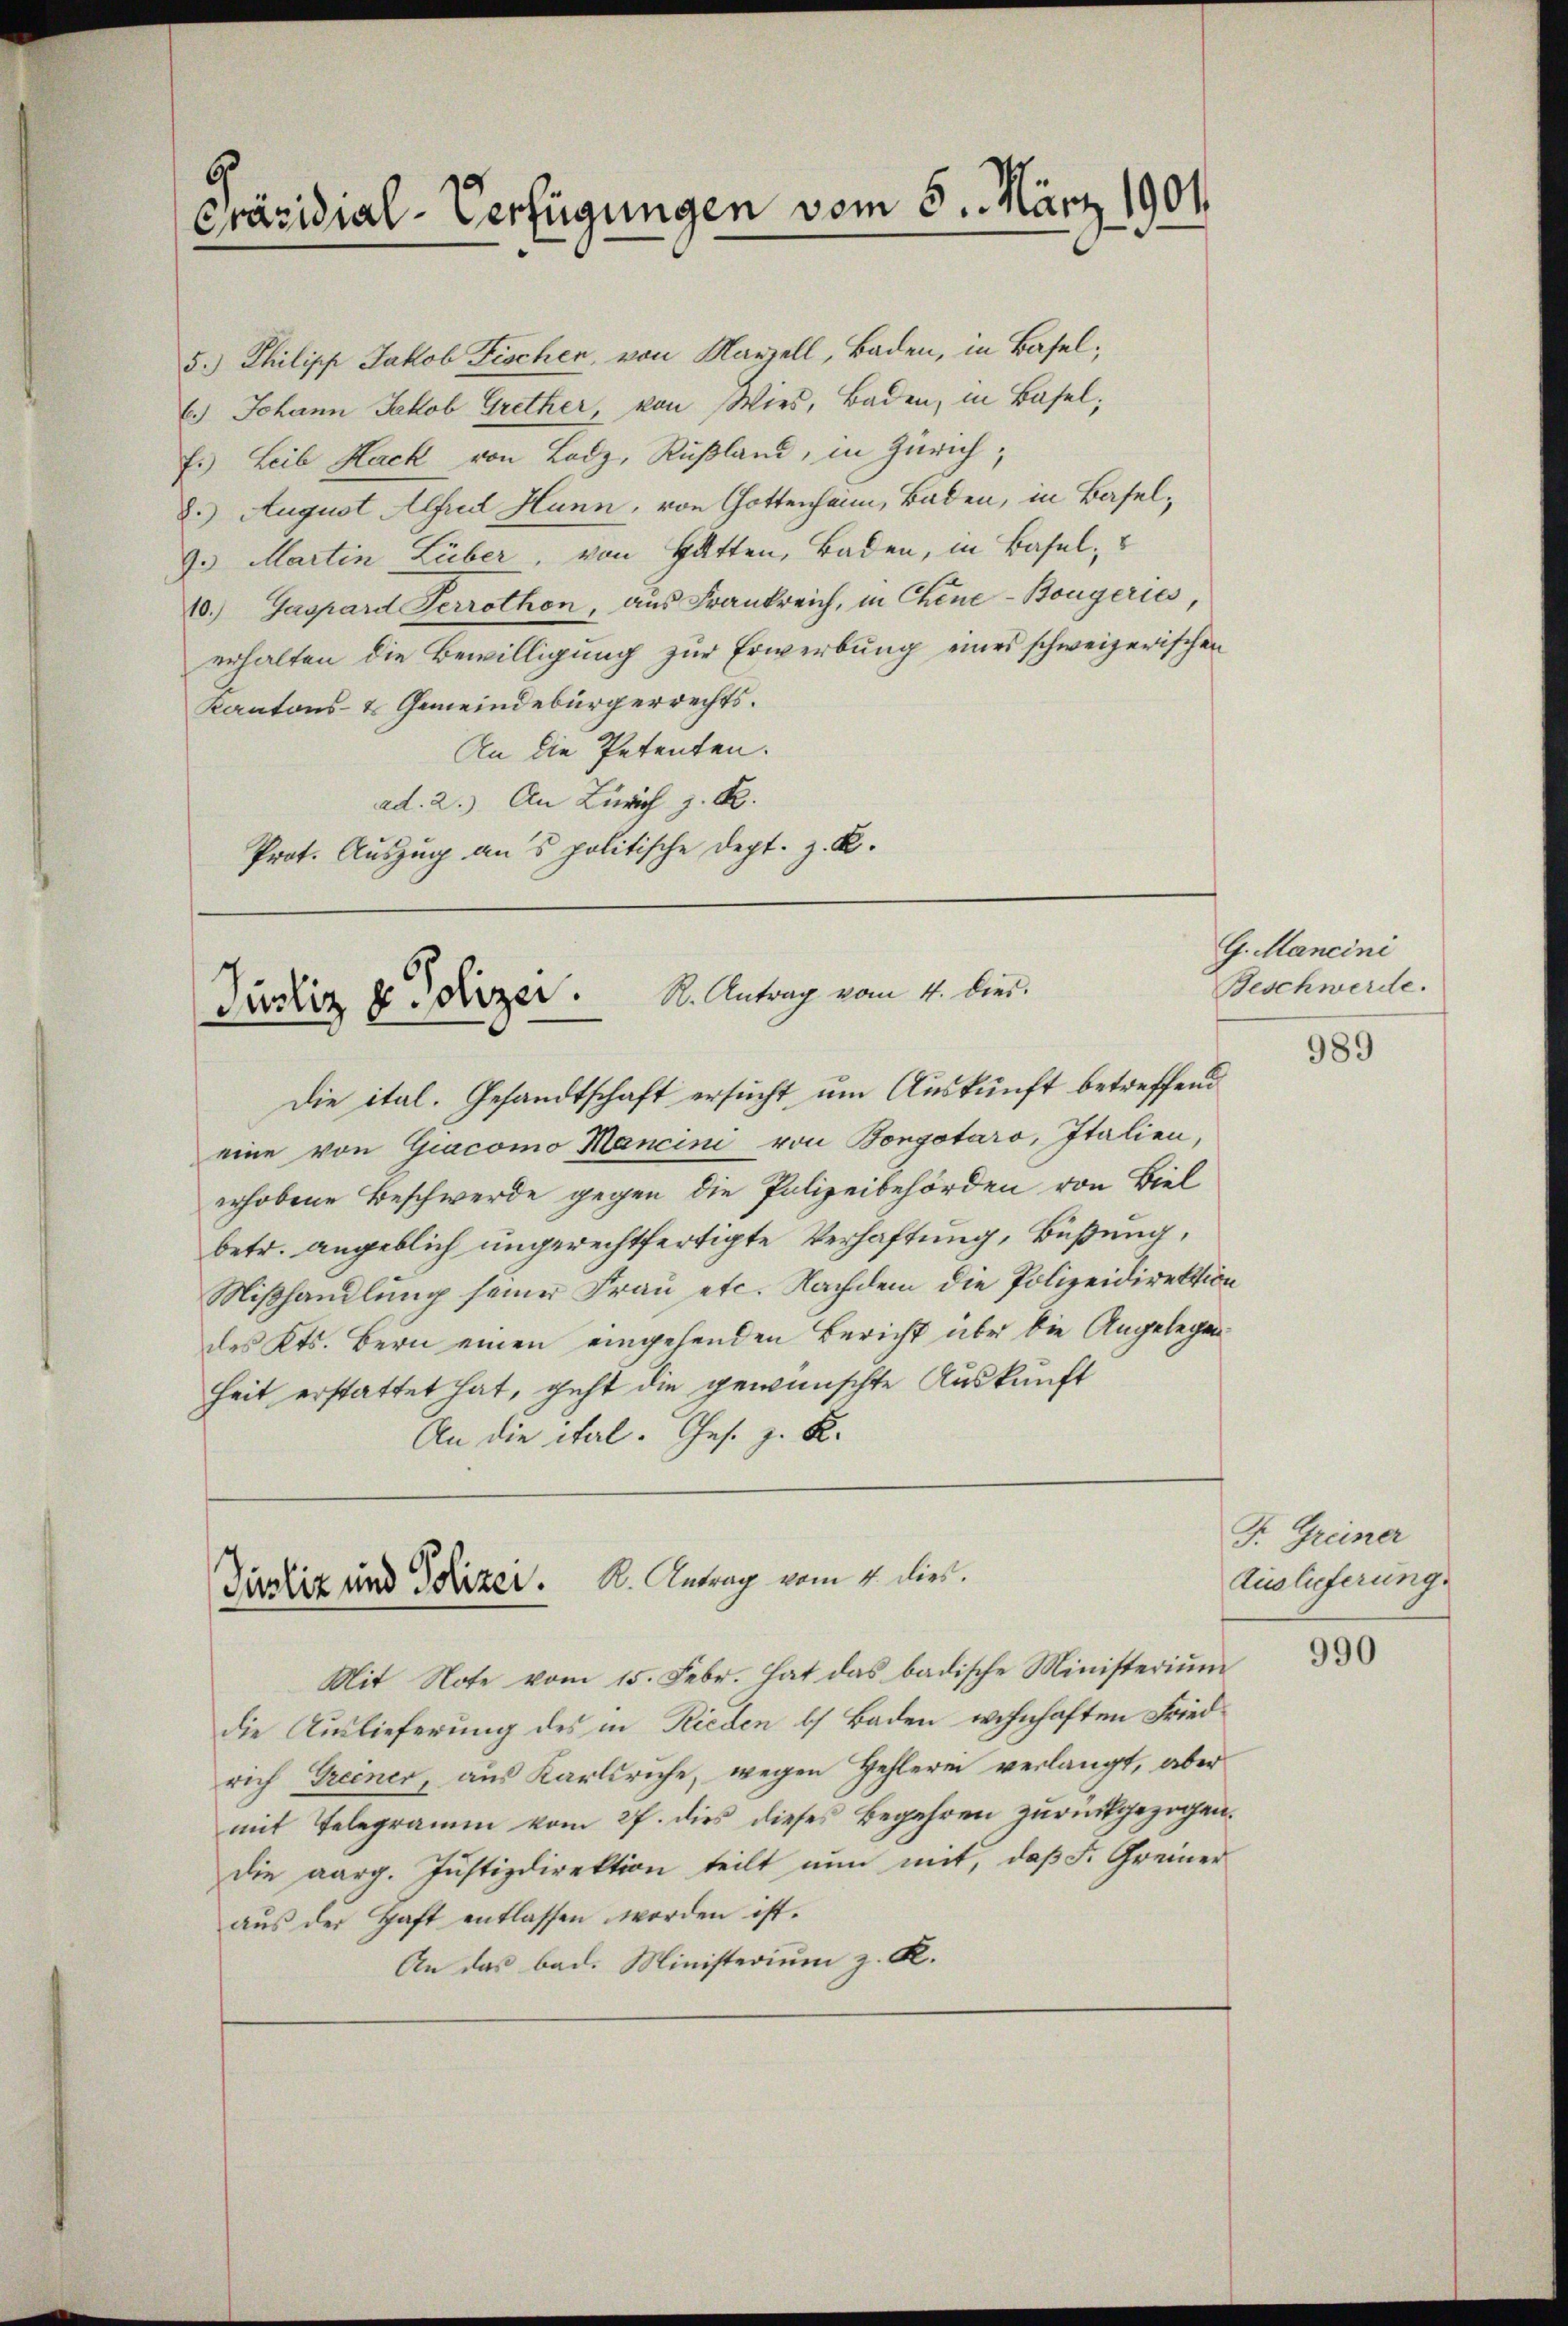
5
Präsidial-Verfügungen vom 5. März 1901

5.) Philipp Jakob Fischen, von Mariell, Baden, in Basel;
6.) Johann Jakob Grether, von Wies, Baden, in Basel;
Es Leib Hack von Lodz, Rußland, in Zürich,
8.) August Alfred Hunn, von Gottenheim, Baden, in Basel¬
9. Martin Lieber, von Gatten, Baden, in Basel,
10.) Gaspard Perrothon, aus Frankreich, in Chine-Bougeries,
erhalten die Bewilligung zur Erwerbung eines schweizerischen
Kantons- & Gemeindebürgerrechts.
An die Petenten.
ad. 2.) An Zürich z. B.
Prot. Auszug aus politische Dept. z. B.

Dinliz & Fizer. S. Antrag vom 4. Dier.

Tirliz und Polizei. K. Antrag vom 4. dies.

Die ital. Gesandtschaft ersucht um Auskunft betreffend
eine von Giacomo Mancini von Bongotaro, Italien,
erhobene Beschwerde gegen die Polizeibehörden von Biel
betr. angeblich ungerechtfertigte Verhaftung, Büßung,
Mißhandlung seiner Frau etc. Nachdem die Polizeidirektion
des Kts. Bern einen eingehenden Bericht über die Angelegen
heit erstattet hat, geht die gewünschte Auskunft
An die ital. Ges. z. K.

Mit Note vom 15. Febr. hat das badische Ministerium
die Auslieferung des in Rieden b) Baden wohnhaften Friedrich Greiner, aus Karlsruhe, wegen Hehlerei verlangt, aber
mit Telegramm vom 27. dies dieses Begehren zurückgezogen.
die aarg. Justizdirektion teilt nun mit, daß F. Greiner
aŭs der Haft entlassen worden ist.
An das bad. Ministerium z. R.

G. Mancini
Beschwerde.

989

F. Greiner
Auslieferung.

990